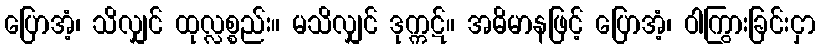
ပြောအံ့၊ သိလျှင် ထုလ္လစ္စည်း။ မသိလျှင် ဒုက္ကဋ်။ အဓိမာနဖြင့် ပြောအံ့၊ ဝါကြွားခြင်းငှာ